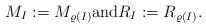
\begin{align*}M_I:=M_{\varrho(I)}\textrm{and}R_I:=R_{\varrho(I)}.\end{align*}